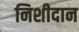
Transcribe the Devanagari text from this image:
निशीदान